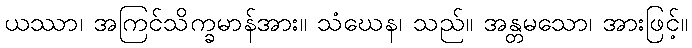
ယဿာ၊ အကြင်သိက္ခမာန်အား။ သံဃေန၊ သည်။ အန္တမသော၊ အားဖြင့်။